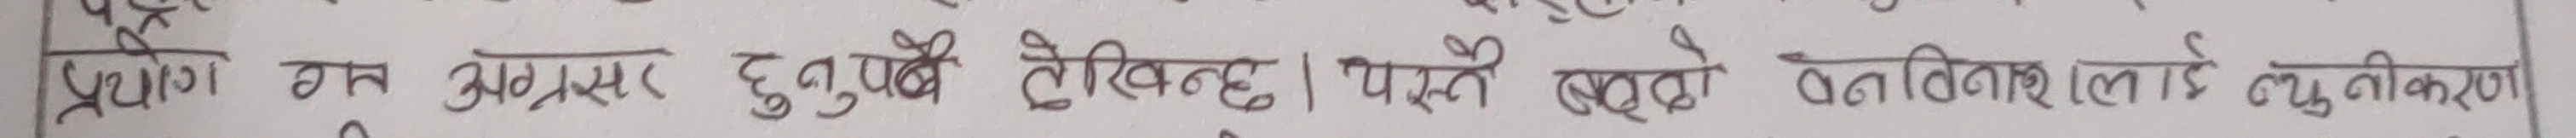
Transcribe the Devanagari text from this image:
प्रयोग गर्न अग्रसर हुनुपर्ने देखिन्छ । यस्तै बढ्दो वनविनाश लाई न्यूनीकरण